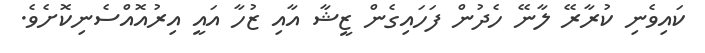
ކައިވެނި ކުރާރޭ ލާނޭ ހެދުން ފަހައިގެން ޒީޝާ އާއި ޒުހާ އައީ އިރުއޮއްސެނިކޮށެވެ.